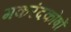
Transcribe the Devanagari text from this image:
मकरंदकोषों